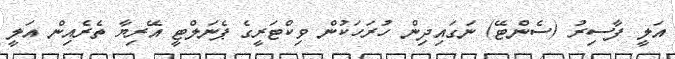
އަލީ ފާސިރު (ސެންޓޭ) ނަގަައިދިން ހުރަހަކުން ވިކްޓަރީގެ ޕެނަލްޓީ އޭރިޔާ ތެރެއިން އަލީ